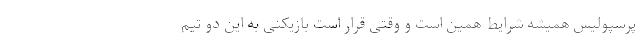
پرسپولیس همیشه شرایط همین است و وقتی قرار است بازیکنی به این دو تیم